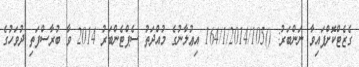
ގެޒެޓްކޮށްފައިވާ ނަންބަރު: ()164/1/2014/105 އިޢުލާނުގެ މުއްދަތު ސެޕްޓެންބަރު 2014 ވާ ބުރާސްފަތި ދުވަހުގެ